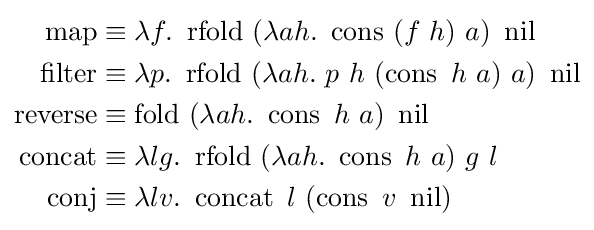
{\begin{aligned}\operatorname {map} &\equiv \lambda f.\ \operatorname {rfold} \ (\lambda ah.\ \operatorname {cons} \ (f\ h)\ a)\ \operatorname {nil} \\\operatorname {filter} &\equiv \lambda p.\ \operatorname {rfold} \ (\lambda ah.\ p\ h\ (\operatorname {cons} \ h\ a)\ a)\ \operatorname {nil} \\\operatorname {reverse} &\equiv \operatorname {fold} \ (\lambda ah.\ \operatorname {cons} \ h\ a)\ \operatorname {nil} \\\operatorname {concat} &\equiv \lambda lg.\ \operatorname {rfold} \ (\lambda ah.\ \operatorname {cons} \ h\ a)\ g\ l\\\operatorname {conj} &\equiv \lambda lv.\ \operatorname {concat} \ l\ (\operatorname {cons} \ v\ \operatorname {nil} )\end{aligned}}